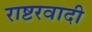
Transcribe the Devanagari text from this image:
राष्टरवादी